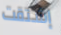
إشتقت